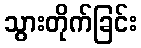
သွားတိုက်ခြင်း